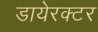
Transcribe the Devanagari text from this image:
डायेरक्टर